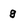
Character: g